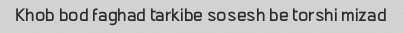
Khob bod faghad tarkibe sosesh be torshi mizad